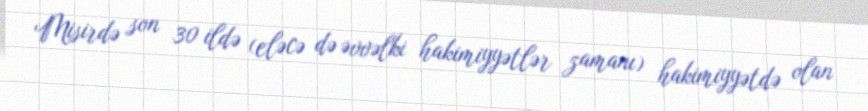
Misirdə son 30 ildə (eləcə də əvvəlki hakimiyyətlər zamanı) hakimiyyətdə olan